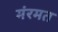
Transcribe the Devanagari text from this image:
मंरमत